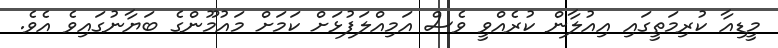
މީޑިއާ ކުރިމަތީގައި އިއުލާން ކުރެއްވީ ވެސް އަމިއްލަފުޅަށް ކަމަށް މައުމޫންގެ ބަޔާނުގައިވެ އެވެ.